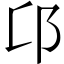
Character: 𨙪